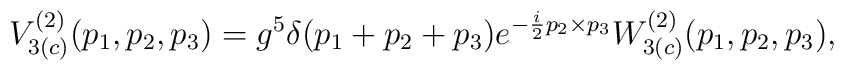
V^{(2)}_{3(c)} ( p_1, p_2 , p_3 ) = g^5 \delta ( p_1 + p_2 + p_3 ) e^{-\frac{i}{2} p_2 \times p_3} W^{(2)}_{3(c)} ( p_1, p_2 , p_3 ),